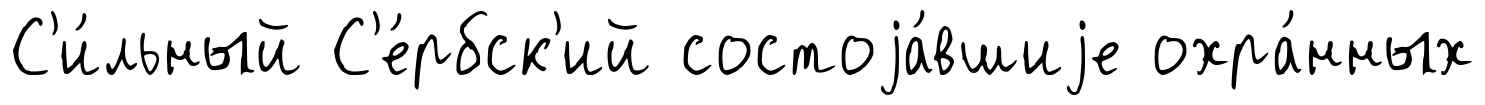
С'и́льный С'е́рбск'ий состоjа́вшиjе охра́нных